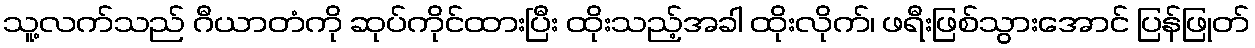
သူ့လက်သည် ဂီယာတံကို ဆုပ်ကိုင်ထားပြီး ထိုးသည့်အခါ ထိုးလိုက်၊ ဖရီးဖြစ်သွားအောင် ပြန်ဖြုတ်